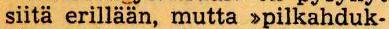
siita erillään, mutta >pilkahduk-